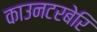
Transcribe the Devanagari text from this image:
काउनटरबेरि